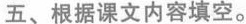
五、根据课文内容填空。